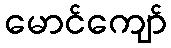
မောင်ကျော်